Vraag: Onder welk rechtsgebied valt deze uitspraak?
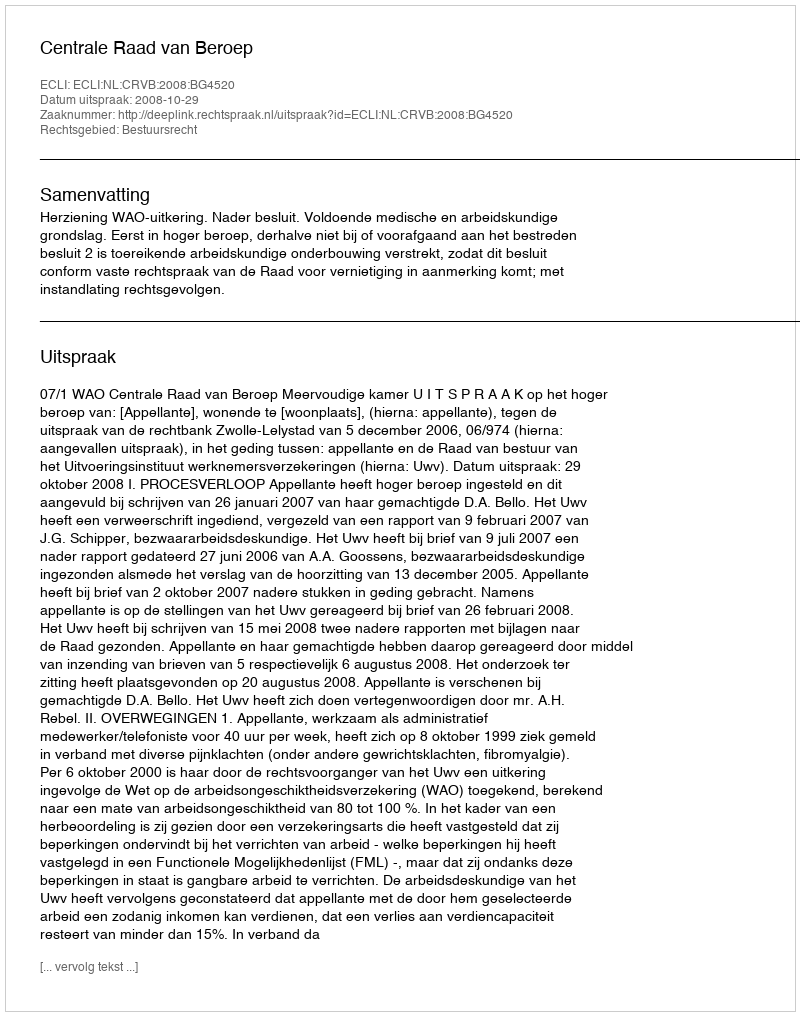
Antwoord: Bestuursrecht